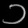
Digit: ၁